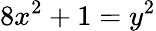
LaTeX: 8x^{2}+1=y^{2}